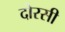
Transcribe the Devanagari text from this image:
दोरसी